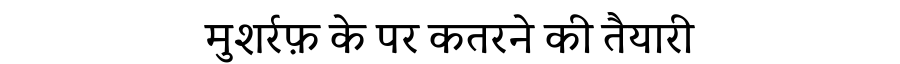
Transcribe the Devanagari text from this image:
मुशर्रफ़ के पर कतरने की तैयारी